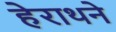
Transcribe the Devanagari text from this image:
हेराथने